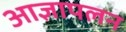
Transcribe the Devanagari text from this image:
आज्ञापलन